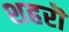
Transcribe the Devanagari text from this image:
शहरॊ